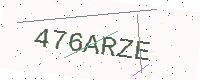
Text: 476ARZE